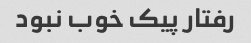
رفتار پیک خوب نبود